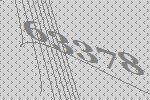
63378